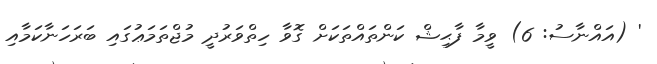
' (އައްނާސު: 6) ވީމާ ފާޙިޝް ކަންތައްތަކަށް ގޮވާ ހިތްވަރުދީ މުޖްތަމަޢުގައި ބަރަހަނާކަމާއި